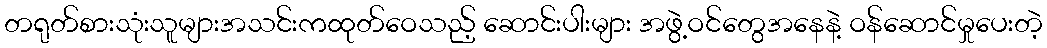
တရုတ်စားသုံးသူများအသင်းကထုတ်ဝေသည့် ဆောင်းပါးများ အဖွဲ့ဝင်တွေအနေနဲ့ ဝန်ဆောင်မှုပေးတဲ့